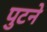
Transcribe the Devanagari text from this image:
पुटने